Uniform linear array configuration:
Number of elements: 24
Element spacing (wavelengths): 0.5
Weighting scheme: kaiser
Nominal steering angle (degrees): -30
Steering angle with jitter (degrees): -30.078
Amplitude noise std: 0.05
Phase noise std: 0.05

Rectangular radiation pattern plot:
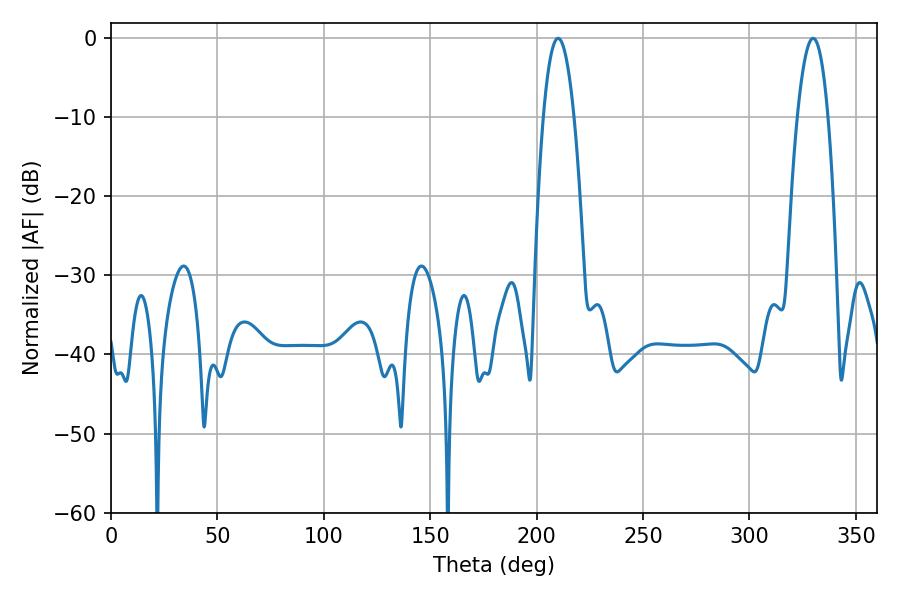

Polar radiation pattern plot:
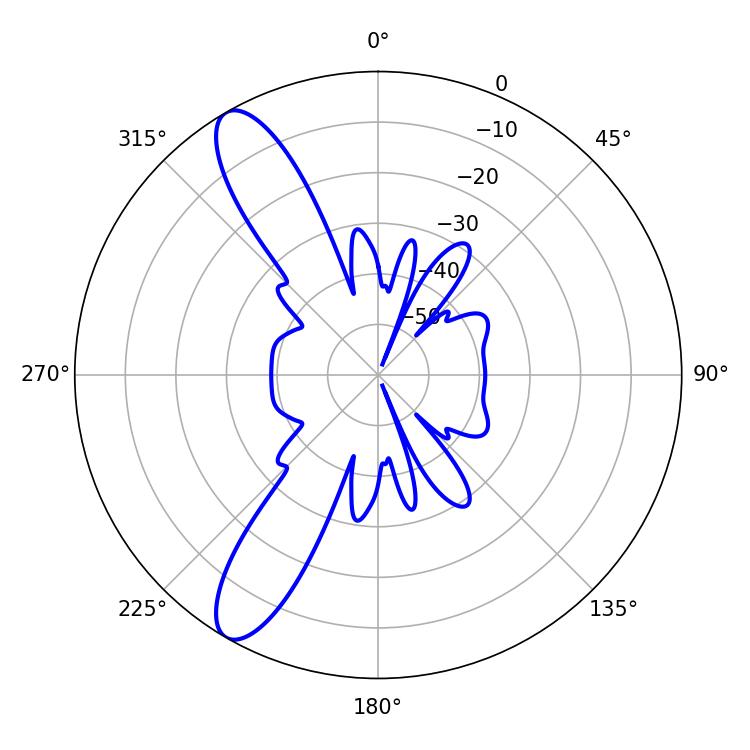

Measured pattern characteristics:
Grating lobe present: FALSE
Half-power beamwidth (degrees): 8.1
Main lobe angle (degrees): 210.06